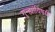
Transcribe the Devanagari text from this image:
गुन्ह्यांविषयी